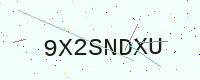
Text: 9X2SNDXU